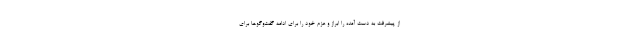
از پیشرفت به دست آمده را ابراز و عزم خود را برای ادامه گفت‌وگوها برای